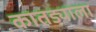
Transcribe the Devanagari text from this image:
कातड्याला